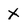
Character: X